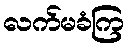
လက်မခံကြ